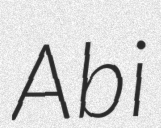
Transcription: Abi